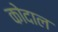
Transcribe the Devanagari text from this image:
कोदाल